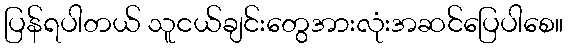
ပြန်ရပါတယ် သူငယ်ချင်းတွေအားလုံးအဆင်ပြေပါစေ။